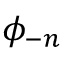
\phi _ { - n }